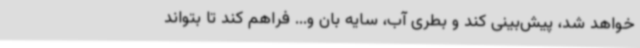
خواهد شد، پیش‌بینی کند و بطری آب، سایه بان و... فراهم کند تا بتواند